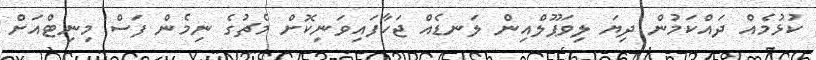
ކުޅުމެއް ދައްކަމުން ދިޔަ ލިވަޕޫލްއިން ލަނޑެއް ޖަހާފައިވަނިކޮށް މެޗުގެ ނިމެން ފަސް މިނިޓްއަށް